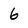
Character: 6